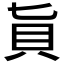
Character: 𧴦